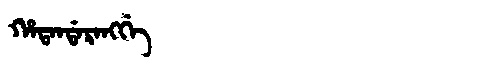
Manchu: ᡥᠠᡨᠠᠨᡩᠠᡵᠠᠩᡤᡝ
Romanization: HATANDARANGGE